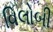
વિલોબી